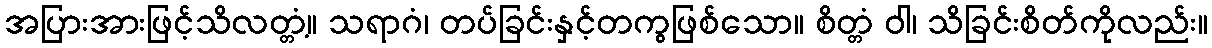
အပြားအားဖြင့်သိလတ္တံ့။ သရာဂံ၊ တပ်ခြင်းနှင့်တကွဖြစ်သော။ စိတ္တံ ဝါ၊ သိခြင်းစိတ်ကိုလည်း။